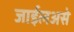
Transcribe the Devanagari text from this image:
जाईलअसे